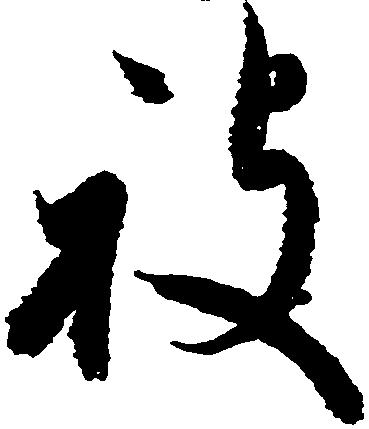
被